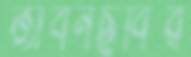
জীবনছবির